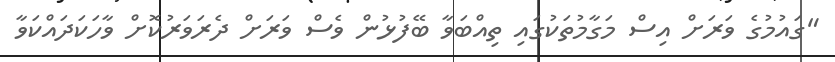
"ގައުމުގެ ވަރަށް އިސް މަގާމުތަކުގައި ތިއްބަވާ ބޭފުޅުން ވެސް ވަރަށް ދެރަވަރުކޮށް ވާހަކަދައްކަވާ